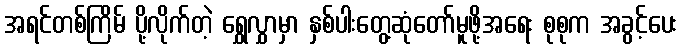
အရင်တစ်ကြိမ် ပို့လိုက်တဲ့ ရွှေလွှာမှာ နှစ်ပါးတွေ့ဆုံတော်မူဖို့အရေး စုစုက အခွင့်ပေး